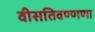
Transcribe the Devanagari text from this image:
वीसतिवण्णणा